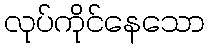
လုပ်ကိုင်နေသော